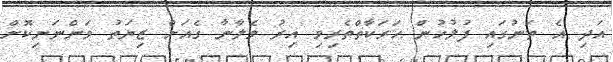
އަދި އެ ތަނުގައި ފުލުހުން ހަރަކާތްތެރިވި އިރު ވެލާނާ ގެއަށް ޒިޔަތު ވަންނަނިކޮށް